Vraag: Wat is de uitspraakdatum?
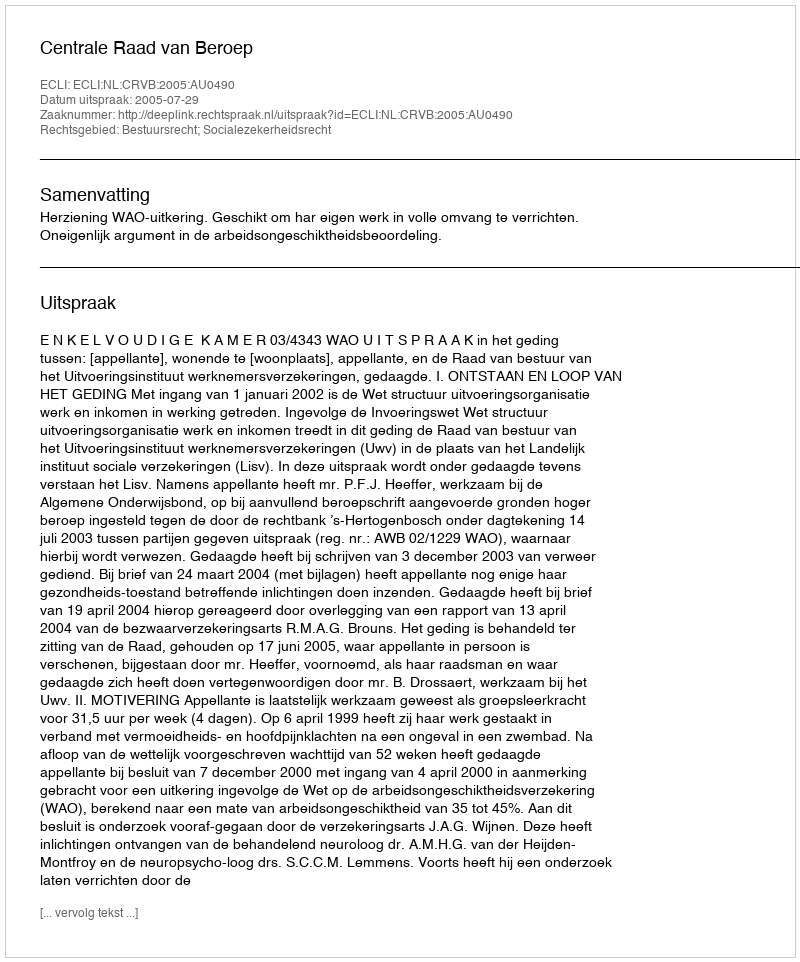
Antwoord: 2005-07-29